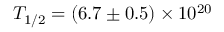
T _ { 1 / 2 } = ( 6 . 7 \pm 0 . 5 ) \times 1 0 ^ { 2 0 }